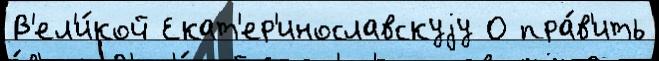
В'ел'и́кой Екат'ер'инославскуjу О пра́в'ить